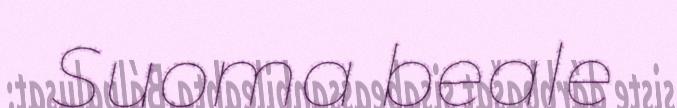
Suoma beale